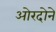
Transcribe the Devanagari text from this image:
ओरदोने